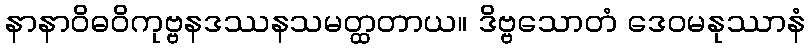
နာနာဝိဓဝိကုဗ္ဗနဒဿနသမတ္ထတာယ။ ဒိဗ္ဗသောတံ ဒေဝမနုဿာနံ